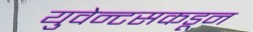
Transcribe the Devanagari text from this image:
युवेन्टसकडून